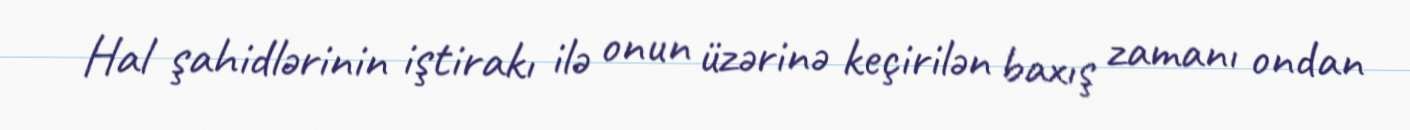
Hal şahidlərinin iştirakı ilə onun üzərinə keçirilən baxış zamanı ondan